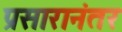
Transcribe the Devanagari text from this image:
प्रसारानंतर